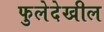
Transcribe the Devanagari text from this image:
फुलेदेखील